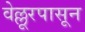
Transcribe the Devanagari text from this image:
वेल्लूरपासून